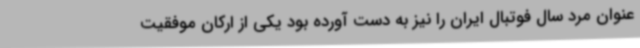
عنوان مرد سال فوتبال ایران را نیز به دست آورده بود یکی از ارکان موفقیت